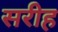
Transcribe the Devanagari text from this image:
सरीह